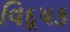
વિદૂષક